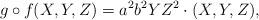
LaTeX: \begin{align*} g\circ f(X,Y,Z) = a^2b^2YZ^2\cdot (X,Y,Z), \end{align*}